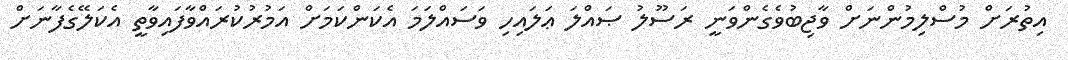
އިތުރަށް މުސްލިމުންނަށް ވާޖިބުވެގެންވަނީ ރަސޫލު ޞައްލަ ޢަލައިހި ވަސައްލަމަ އެކަންކަމަށް އަމުރުކުރައްވާފައިވާތީ އެކަލޭގެފާނަށް